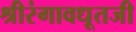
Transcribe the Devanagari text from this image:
श्रीरंगावधूतजी